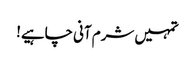
تمہیں شرم آنی چاہیے!